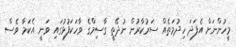
މީހުންނަށް އެފަދަ ހިދުމަތެއް ސަރުކާރުން ނުދޭތީ ގާސިމްގެ ވާހަކަފުޅުގައި ވަނީ އެކަމާ ވެސް